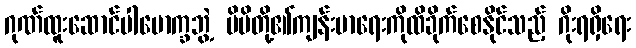
ဂုဏ်ထူးဆောင်ပါမောက္ခဘွဲ့ မိမိတို့၏ကျန်းမာရေးကိုထိခိုက်စေနိုင်သည့် ဂိုးရရှိရေး